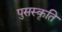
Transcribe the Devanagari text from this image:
पुसस्कृति